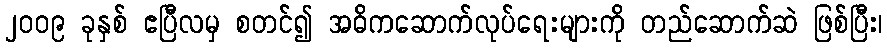
၂၀၀၉ ခုနှစ် ဧပြီလမှ စတင်၍ အဓိကဆောက်လုပ်ရေးများကို တည်ဆောက်ဆဲ ဖြစ်ပြီး၊